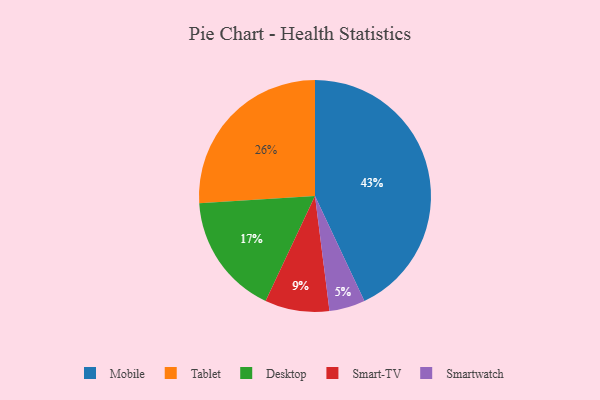
{"axis": {"x": "Category", "y": "Percentage"}, "legend": ["Desktop", "Mobile", "Smart-TV", "Smartwatch", "Tablet"], "data": [{"x": "Smartwatch", "y": 5, "type": "Smartwatch"}, {"x": "Mobile", "y": 43, "type": "Mobile"}, {"x": "Desktop", "y": 17, "type": "Desktop"}, {"x": "Smart-TV", "y": 9, "type": "Smart-TV"}, {"x": "Tablet", "y": 26, "type": "Tablet"}]}